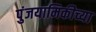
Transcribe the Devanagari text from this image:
पुंजयामिकीच्या